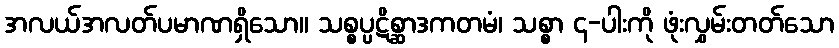
အလယ်အလတ်ပမာဏရှိသော။ သစ္စပ္ပဋိစ္ဆာဒကတမံ၊ သစ္စာ ၄-ပါးကို ဖုံးလွှမ်းတတ်သော